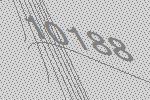
10188